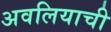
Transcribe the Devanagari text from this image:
अवलियाची